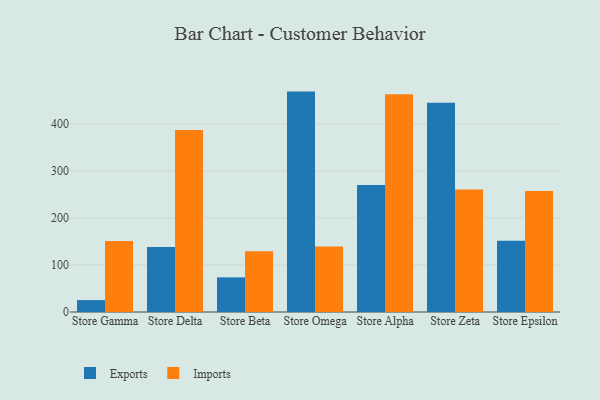
{"axis": {"x": "Store", "y": "Net Income (USD K)"}, "legend": ["Exports", "Imports"], "data": [{"x": "Store Gamma", "y": 25.3, "type": "Exports"}, {"x": "Store Gamma", "y": 150.9, "type": "Imports"}, {"x": "Store Delta", "y": 138.4, "type": "Exports"}, {"x": "Store Delta", "y": 386.8, "type": "Imports"}, {"x": "Store Beta", "y": 73.6, "type": "Exports"}, {"x": "Store Beta", "y": 129.2, "type": "Imports"}, {"x": "Store Omega", "y": 468.6, "type": "Exports"}, {"x": "Store Omega", "y": 139.5, "type": "Imports"}, {"x": "Store Alpha", "y": 269.9, "type": "Exports"}, {"x": "Store Alpha", "y": 462.9, "type": "Imports"}, {"x": "Store Zeta", "y": 444.9, "type": "Exports"}, {"x": "Store Zeta", "y": 260.2, "type": "Imports"}, {"x": "Store Epsilon", "y": 151.6, "type": "Exports"}, {"x": "Store Epsilon", "y": 257.4, "type": "Imports"}]}